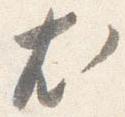
尤